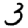
Digit: 3